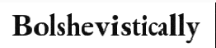
Bolshevistically